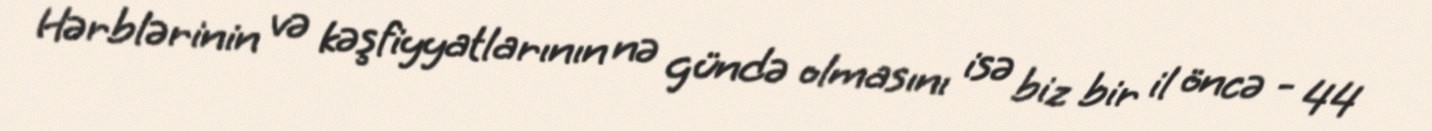
Hərblərinin və kəşfiyyatlarının nə gündə olmasını isə biz bir il öncə - 44